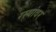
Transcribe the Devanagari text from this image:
रस्यांवर